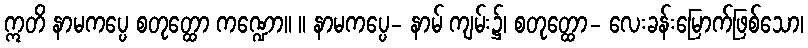
ဣတိ နာမကပ္ပေ စတုတ္ထော ကဏ္ဍော။ ။ နာမကပ္ပေ- နာမ် ကျမ်း၌၊ စတုတ္ထော- လေးခန်းမြောက်ဖြစ်သော၊